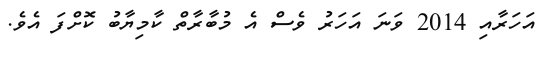
އަހަރާއި 2014 ވަނަ އަހަރު ވެސް އެ މުބާރާތް ކާމިޔާބު ކޮށްފަ އެވެ.